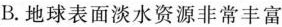
B.地球表面淡水资源非常丰富